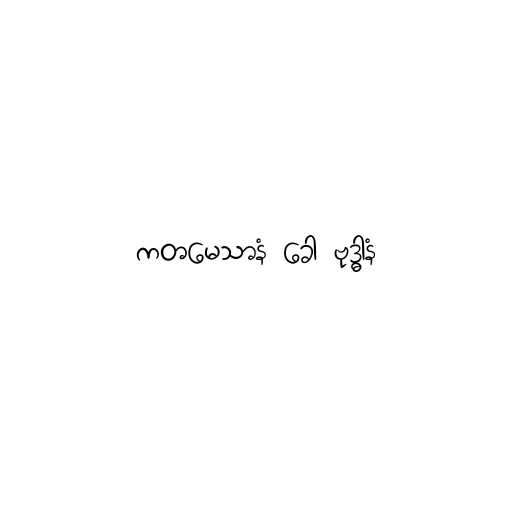
ကတမေသာနံ ခေါ ဗုဒ္ဓါနံ